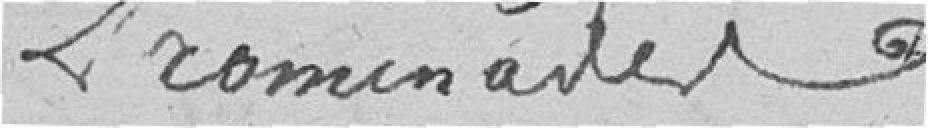
Lromendander